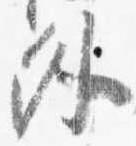
外